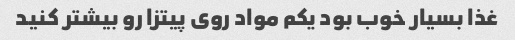
غذا بسیار خوب بود یکم مواد روی پیتزا رو بیشتر کنید